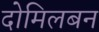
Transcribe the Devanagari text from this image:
दोमिलबन